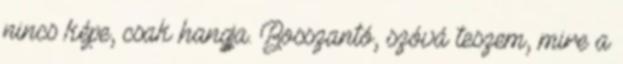
nincs képe, csak hangja. Bosszantó, szóvá teszem, mire a